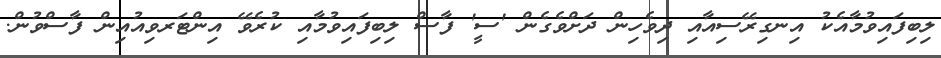
ލިބިފައިވުމާއެކު އިނގިރޭސިއާއި ދިވެހިން ދަށްވެގެން 'ސީ' ފާސް ލިބިފައިވުމާއި ކުރެވޭ އިންޓަރވިއުއިން ފާސްވުން.